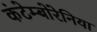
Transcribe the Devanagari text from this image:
कंटेम्बोरेनिया